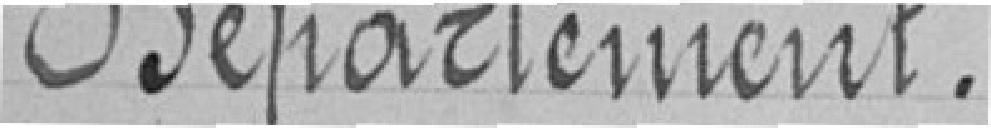
Département.